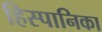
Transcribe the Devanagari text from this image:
हिस्पानिका